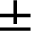
\pm